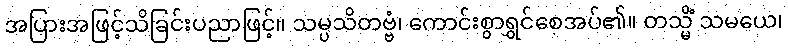
အပြားအဖြင့်သိခြင်းပညာဖြင့်။ သမ္ပသိတဗ္ဗံ၊ ကောင်းစွာရွှင်စေအပ်၏။ တသ္မိံ သမယေ၊